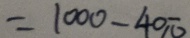
= 1 0 0 0 - 4 0 \pi